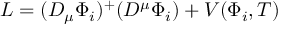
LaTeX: { \cal L } = ( D _ { \mu } \Phi _ { i } ) ^ { + } ( D ^ { \mu } \Phi _ { i } ) + V ( \Phi _ { i } , T )